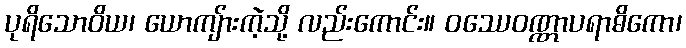
ပုရိသောဝိယ၊ ယောကျ်ားကဲ့သို့ လည်းကောင်း။ ဝဿေဝဏ္ဏာပရာဓိကော၊